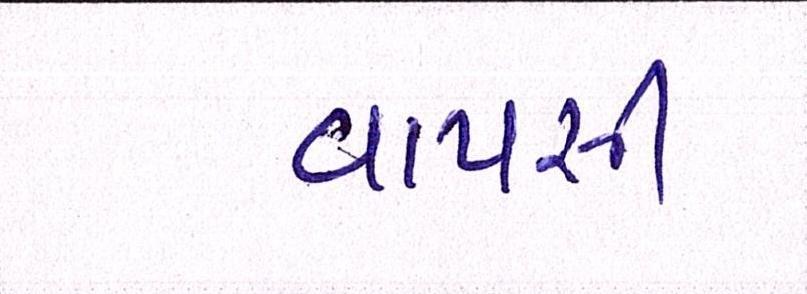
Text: વાપસી